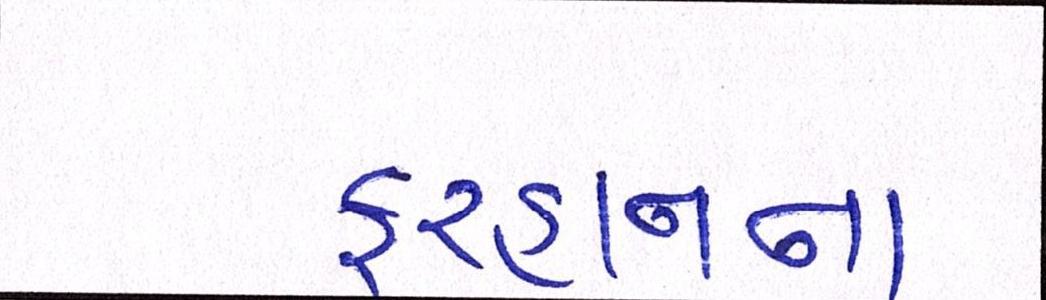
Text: ફરહાનના